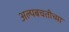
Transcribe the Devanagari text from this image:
अल्पबचतीच्या